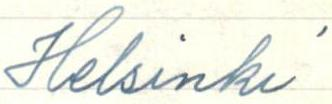
Helsinki